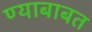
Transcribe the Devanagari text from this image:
ण्याबाबत